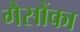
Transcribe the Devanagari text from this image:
गैसोंका